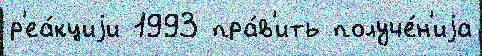
р'еа́кциjи 1993 пра́в'ить получе́н'иjа